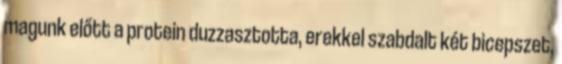
magunk előtt a protein duzzasztotta, erekkel szabdalt két bicepszet,